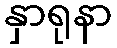
နှာရုနာ